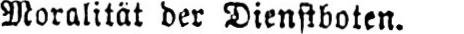
Moralität der Dienstboten.